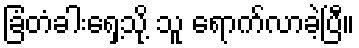
ခြံတံခါးရှေ့သို့ သူ ရောက်လာခဲ့ပြီ။